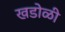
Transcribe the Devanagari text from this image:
खडोळी